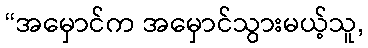
“အမှောင်က အမှောင်သွားမယ့်သူ,